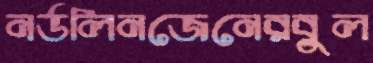
নর্ডলিনজেনেরবুল